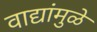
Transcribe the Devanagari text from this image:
वाद्यांमुळे